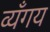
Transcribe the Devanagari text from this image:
व्यँगय